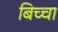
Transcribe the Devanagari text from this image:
बिच्चा